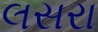
લસરા